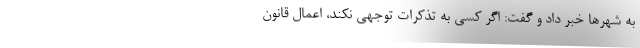
به شهرها خبر داد و گفت: اگر کسی به تذکرات توجهی نکند، اعمال قانون